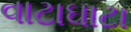
વાટાઘાટા